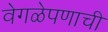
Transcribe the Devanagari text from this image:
वेगळेपणाची